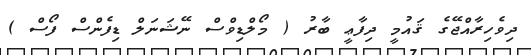
ދިވެހިރާއްޖޭގެ ޤައުމީ ދިފާޢީ ބާރު ( މޯލްޑިވްސް ނޭޝަނަލް ޑިފެންސް ފޯސް )